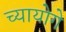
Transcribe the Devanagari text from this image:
च्यायोगे